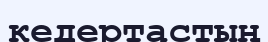
кедертастың